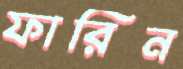
ফারিন